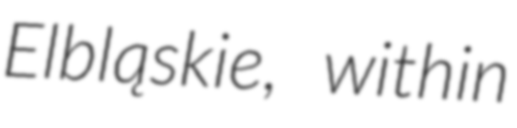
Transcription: Elbląskie, within